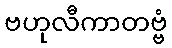
ဗဟုလီကာတဗ္ဗံ